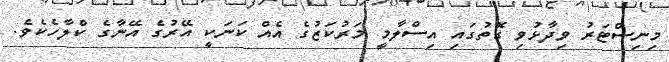
މިނިސްޓަރު ވިދާޅުވި ގޮތުގައި އިސްލާމީ މަރުކަޒުގެ އެއް ކަނަކީ އޭރުގެ އޭނާގެ ކްލާހެކެވެ.